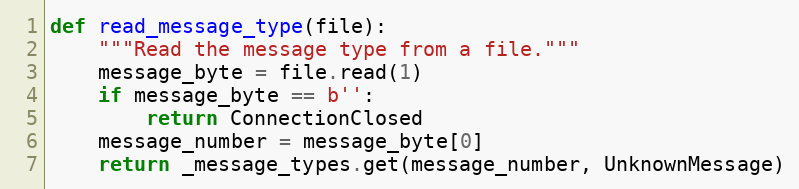
Language: Python
def read_message_type(file):
    """Read the message type from a file."""
    message_byte = file.read(1)
    if message_byte == b'':
        return ConnectionClosed
    message_number = message_byte[0]
    return _message_types.get(message_number, UnknownMessage)